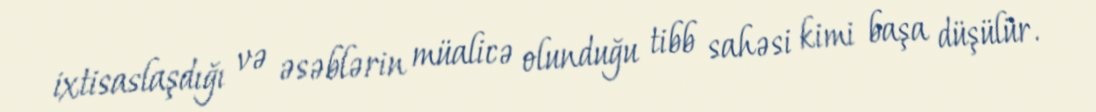
ixtisaslaşdığı və əsəblərin müalicə olunduğu tibb sahəsi kimi başa düşülür.